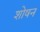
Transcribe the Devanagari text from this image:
शोषन